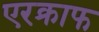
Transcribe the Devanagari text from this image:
एरक्राफ